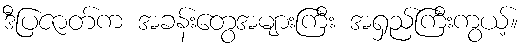
ဒီပြဇာတ်က အခန်းတွေအများကြီး အရှည်ကြီးကွယ့်။